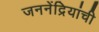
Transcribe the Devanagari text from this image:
जननेंद्रियांची